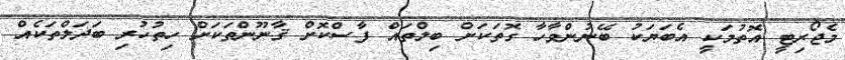
މެޖޯރިޓީ އޮތުމަކީ އެބަޔަކު ބޭނުންވާހާ ގޮތަކަށް ބިލްތައް ފާސްކޮށް ޤާނޫންތަކަށް ހިތުހުރި ބަދަލްތަކެއް